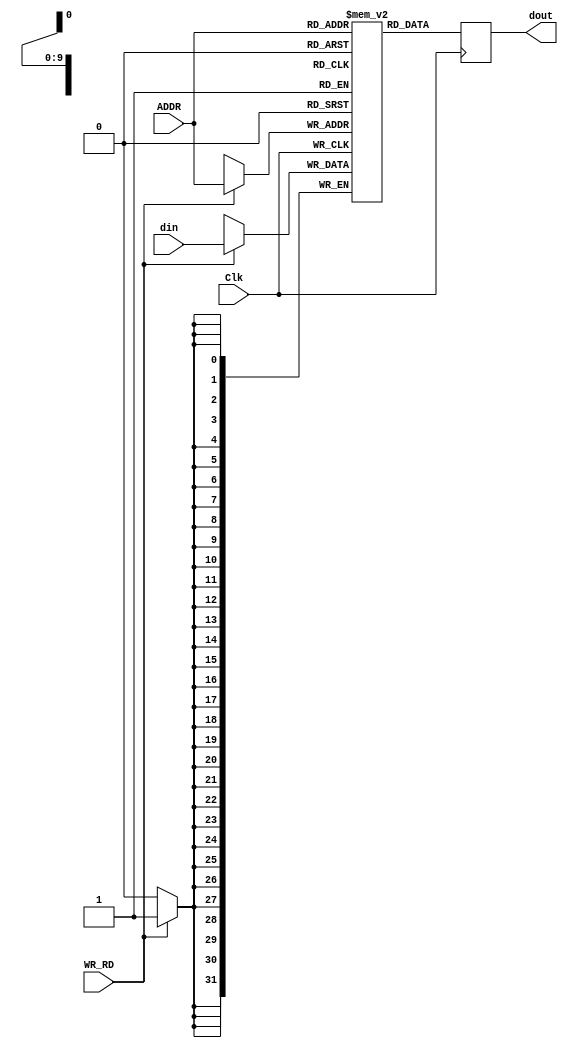
module datamemory #(parameter ADDR_WIDTH = 10, parameter DATA_WIDTH = 32)
(
    input Clk,
    input WR_RD, //Read em 0, Write em 1
    input [ADDR_WIDTH-1:0] ADDR,
    input [DATA_WIDTH-1:0] din,
    output reg [DATA_WIDTH-1:0] dout
);

    reg [DATA_WIDTH-1:0] memory [0:(1<<ADDR_WIDTH)-1];
    
    always @(posedge Clk) begin
        if (WR_RD)
            memory[ADDR] <= din;
        
        dout <= memory[ADDR];
    end
    
    initial begin
        memory[0]=32'd2001; // A
        memory[1]=32'd4001; // B
        memory[2]=32'd5001; // C
        memory[3]=32'd3001; // D
    end

endmodule